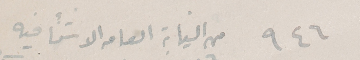
٩٤٦ من النيابة العامه الاستئنافيه